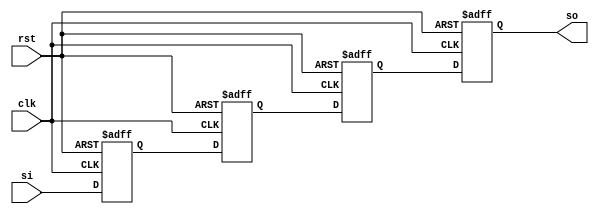
module siso_beh(clk, si, rst, so);
  input si, clk, rst;
  output so;
  reg qa, qb, qc, so;
  
  always @(posedge clk or posedge rst)
    if(rst) 
      begin
        qa<=1'b0;
        qb<=1'b0;
        qc<=1'b0;
        so<=1'b0;
      end
    else
      begin
        qa<=si;
        qb<=qa;
        qc<=qb;
        so<=qc;
      end
endmodule